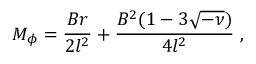
M _ { \phi } = \frac { B r } { 2 l ^ { 2 } } + \frac { B ^ { 2 } ( 1 - 3 \sqrt { - \nu } ) } { 4 l ^ { 2 } } \; ,